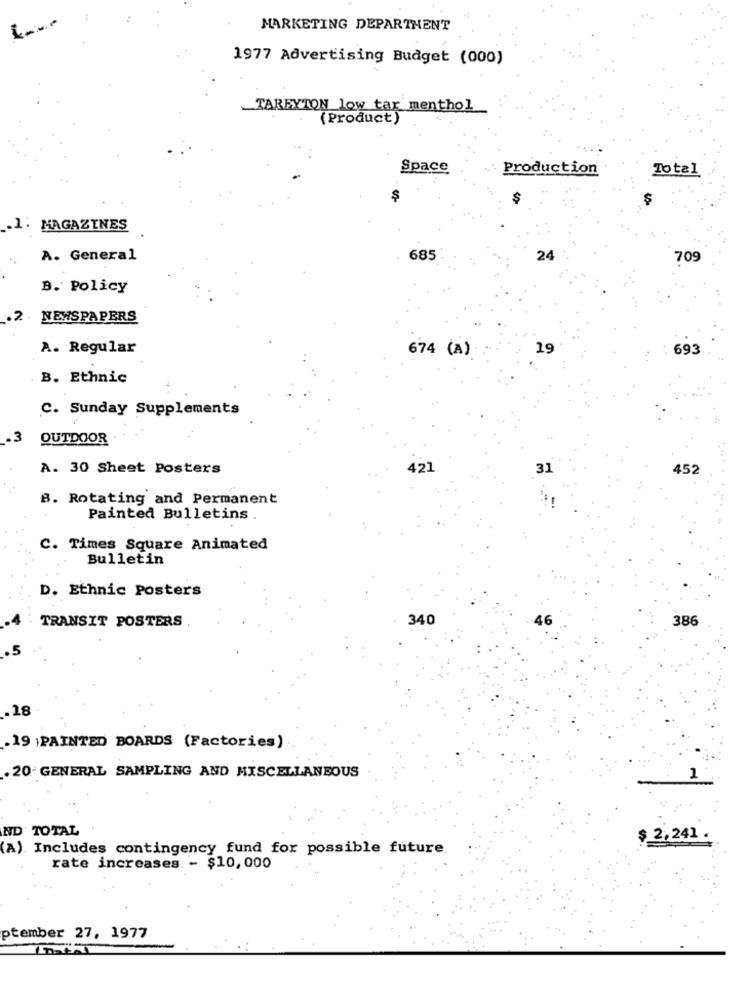
MARKETING DEPARTMENT
1977 Advertising Budget (000)
TARBYTON low tar menthol
(Product)
Space
Production
Total
.1. MAGAZINES
A. General
685
24
709
B. Policy
.2
NEWSPAPERS
A. Regular
674 (A)
19
693
B. Ethnic
C. Sunday Supplements
OUTDOOR
A. 30 Sheet Posters
421
31
452
B. Rotating and Permanent
Painted Bulletins
C. Times Square Animated
Bulletin
D. Ethnic Posters
TRANSIT POSTERS
340
386
.18
.19 PAINTED BOARDS (Factories)
. 20- GENERAL SAMPLING AND MISCELLANEOUS
1
ND TOTAL
2,241 .
(A) Includes contingency fund for possible future
rate increases - $10,000
ptember 27, 1977